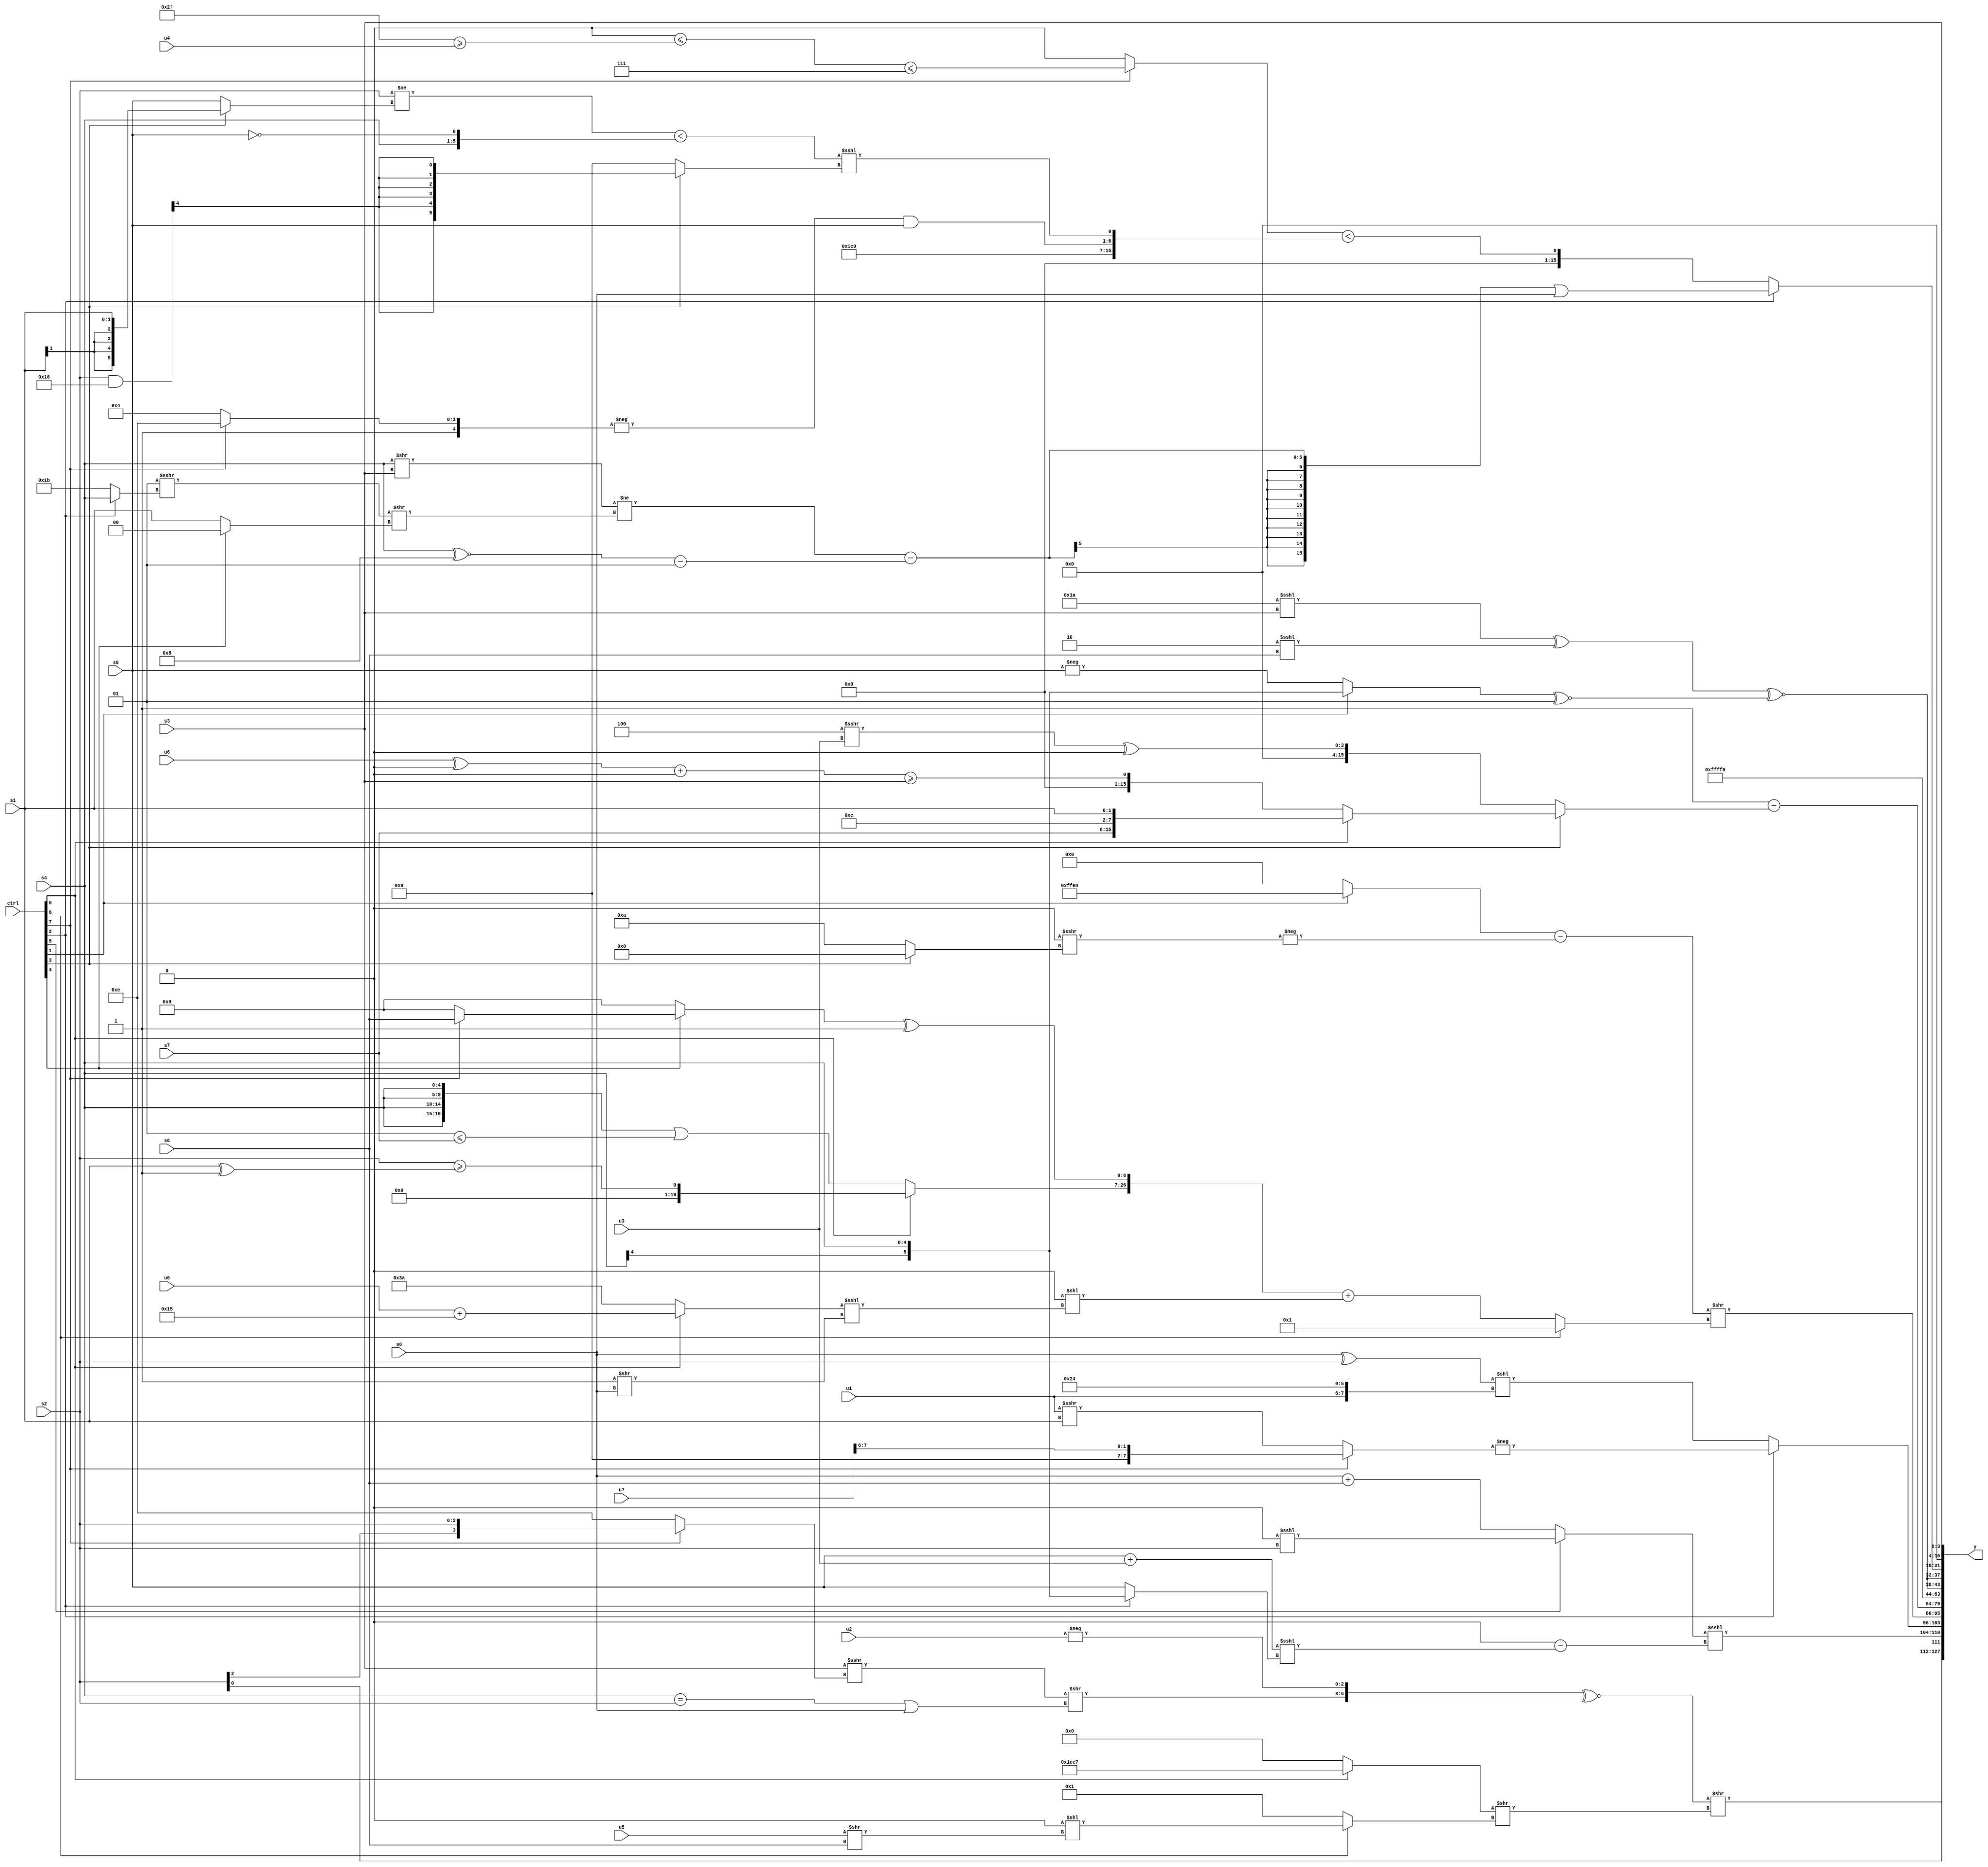
module wideexpr_00822(ctrl, u0, u1, u2, u3, u4, u5, u6, u7, s0, s1, s2, s3, s4, s5, s6, s7, y);
  input [7:0] ctrl;
  input [0:0] u0;
  input [1:0] u1;
  input [2:0] u2;
  input [3:0] u3;
  input [4:0] u4;
  input [5:0] u5;
  input [6:0] u6;
  input [7:0] u7;
  input signed [0:0] s0;
  input signed [1:0] s1;
  input signed [2:0] s2;
  input signed [3:0] s3;
  input signed [4:0] s4;
  input signed [5:0] s5;
  input signed [6:0] s6;
  input signed [7:0] s7;
  output [127:0] y;
  wire [15:0] y0;
  wire [15:0] y1;
  wire [15:0] y2;
  wire [15:0] y3;
  wire [15:0] y4;
  wire [15:0] y5;
  wire [15:0] y6;
  wire [15:0] y7;
  assign y = {y0,y1,y2,y3,y4,y5,y6,y7};
  assign y0 = (~^({((s3)>>>(+((ctrl[7]?s2:4'sb1110))))>>(($signed((s4)==(s2)))|(s0)),-(+(u2))}))>>(((ctrl[0]?{3{-((5'sb11000)-(2'sb11))}}:1'sb0))>>((ctrl[6]?+(({6'sb000000})<<(((u5)>>(s6))>>>((u6)>>>(6'sb101101)))):-(+(~((s4)<<<(5'sb01101)))))));
  assign y1 = {{3{$signed(-(s2))}},(((ctrl[5]?(1'sb0)<<<(s2):(s0)+(s6)))>>((6'sb001111)<<<({4'sb1001})))<<<((3'b000)-(((s5)+(u3))<<<((ctrl[2]?s4:s5)))),(ctrl[2]?-((ctrl[7]?(u7)>>>(5'sb00110):(u1)>>>(s1))):+(((s0)^(s2))<<({u1,4'b1001,2'b00})))};
  assign y2 = (((ctrl[1]?$signed($signed(6'sb101000)):((2'sb10)&((ctrl[1]?(ctrl[1]?s7:4'sb1001):(s4)<<(4'sb1100))))<<(5'b11010)))-(-((1'sb0)>>>((ctrl[3]?{3{!(4'sb0011)}}:6'sb001010)))))>>((ctrl[6]?|({3{$unsigned(4'sb0010)}}):({(ctrl[0]?(+(s2))>=((s1)^(1'sb1)):({4{s4}})|((2'sb01)<=(s7))),((ctrl[4]?(ctrl[7]?s6:1'sb0):(4'sb0000)+(2'sb00)))^($signed((2'sb00)^(3'sb111)))})+(($unsigned((4'sb0111)==(4'sb1111)))<<(((ctrl[0]?(u0)+(6'b010101):(2'sb01)^~(6'b000100)))<<<({(1'sb1)>>(s0)})))));
  assign y3 = (2'b01)-($signed((ctrl[3]?(ctrl[0]?({~^(s4),{{s7,4'sb0011,2'sb00,s1}}})>>>(2'b00):($unsigned(((u6)^(1'sb0))+((6'sb100101)>>(5'sb10001))))>=({s3})):($unsigned((+({2'b01,2'sb00}))>>>(u3)))^({+(((s6)&(s2))>>((4'sb1100)^~(6'sb110011)))}))));
  assign y4 = 2'sb11;
  assign y5 = {2{(+($signed(((6'sb011010)<<<(s3))^((2'sb10)<<<(s6)))))^~(((ctrl[1]?s4:$signed(-(s5))))^~(+(2'sb01)))}};
  assign y6 = (ctrl[2]?((((s4)>>(s3))!=((($signed(2'sb01))>>>((ctrl[2]?s4:5'sb11011)))>>((ctrl[4]?^(3'sb101):$signed(s1)))))-({(+((s4)^~(5'sb11000)))-(-(1'sb1))}))|(s0):((ctrl[7]?$unsigned(((+(2'sb00))<=((6'sb101111)>=(u4)))<=(-(3'sb001))):1'b0))<({3'b111,$signed(((ctrl[6]?$signed(6'sb000000):3'sb000))<<(5'sb00110)),(-((ctrl[7]?$signed(3'b110):(4'sb1010)<<(2'sb01))))&((s5)>>((5'sb01101)<<<($signed(3'sb101)))),(((s2)!=((ctrl[3]?s1:s5)))<({s4,!(s5)}))<<<((ctrl[3]?((s2)&(6'sb110110))>>>((1'sb1)&(6'sb100111)):3'sb000))}));
  assign y7 = {1{s3}};
endmodule